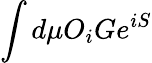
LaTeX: \int d\mu O_{i}Ge^{iS}